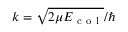
k = \sqrt { 2 \mu E _ { \mathrm { ~ c ~ o ~ l ~ } } } / \hbar